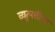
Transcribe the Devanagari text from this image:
व्युत्पत्तींचा